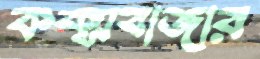
কক্সবাজার